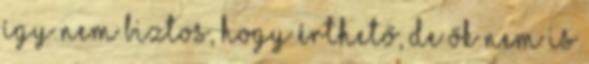
így nem biztos, hogy érthető, de ők nem is